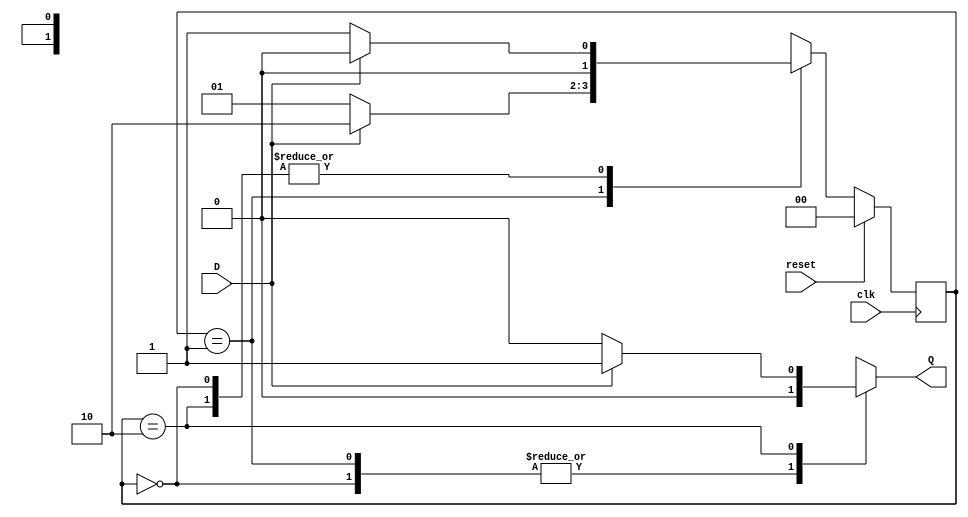
// This program was cloned from: https://github.com/johnwinans/Verilog-Examples
// License: GNU General Public License v3.0

//**************************************************************************
//
//    Copyright (C) 2024  John Winans
//
//    This library is free software; you can redistribute it and/or
//    modify it under the terms of the GNU Lesser General Public
//    License as published by the Free Software Foundation; either
//    version 2.1 of the License, or (at your option) any later version.
//
//    This library is distributed in the hope that it will be useful,
//    but WITHOUT ANY WARRANTY; without even the implied warranty of
//    MERCHANTABILITY or FITNESS FOR A PARTICULAR PURPOSE.  See the GNU
//    Lesser General Public License for more details.
//
//    You should have received a copy of the GNU Lesser General Public
//    License along with this library; if not, write to the Free Software
//    Foundation, Inc., 51 Franklin Street, Fifth Floor, Boston, MA  02110-1301
//    USA
//
//**************************************************************************

// See the following for details on the FSM in this design:
// https://faculty.cs.niu.edu/~winans/CS463/2022-fa/#fsm

// This FSM is a recognizer with synchronous reset.

module fsm(
    input wire              clk,    // the system clock
    input wire              reset,  // synchronous reset to reset the FSM
    input wire              D,      // The synchronous serial data input
    output reg              Q       // The output (high when in state 2'b11)
    );

    // The current state of this FSM is a 2-bit number
    reg [1:0]   S_reg, S_next;

    // the course handout uses a falling edge clock
    always @(negedge clk)
        if (reset)  S_reg <= 2'b0;
        else        S_reg <= S_next;

    // determine the next state 
    always @(*) begin
        S_next = 2'bxx;

        case( S_reg )
        2'b00:
            if ( D )    S_next = 2'b00;
            else        S_next = 2'b01;
        2'b01:
            if ( D )    S_next = 2'b10;
            else        S_next = 2'b01;
        2'b10:
            if ( D )    S_next = 2'b00;
            else        S_next = 2'b01;

        // Q) what is state becomes 2'b11 ?? 
        // A) same problem if flip-flops randomly change their states!

        endcase
    end

    // determine the output using the current state and current input 
    always @(*) begin
        Q = 1'bx;
        case( S_reg )
        2'b00:
            if ( D )    Q = 0;
            else        Q = 0;
        2'b01:
            if ( D )    Q = 0;
            else        Q = 0;
        2'b10:
            if ( D )    Q = 1;
            else        Q = 0;
        endcase
    end

    //assign Q = S_reg==2'b10 && D == 1'b1;

endmodule